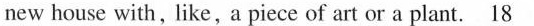
new house with, like,a piece of art or a plant.\underline{18}